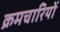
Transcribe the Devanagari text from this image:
क्रमचारियों